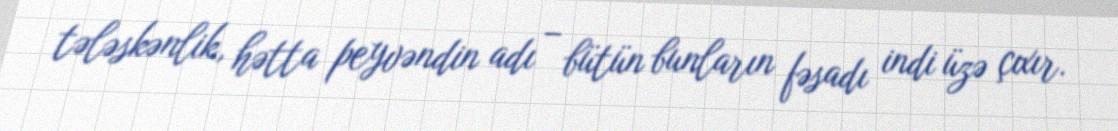
tələskənlik, hətta peyvəndin adı – bütün bunların fəsadı indi üzə çıxır.